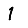
Digit: 1